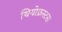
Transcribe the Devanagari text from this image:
थियोफ्रस्टस